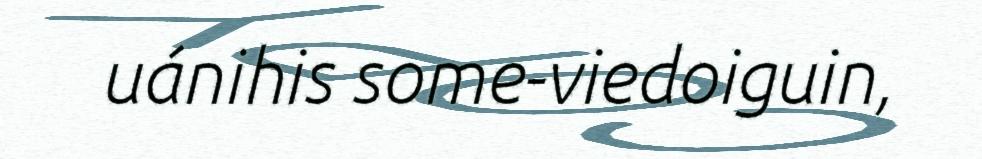
uánihis some-viedoiguin,